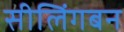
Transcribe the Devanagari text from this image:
सीलिंगबन